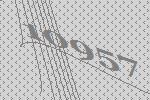
10957